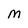
Character: M